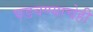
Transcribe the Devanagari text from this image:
घडवण्याचेही